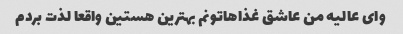
وای عالیه من عاشق غذاهاتونم بهترین هستین واقعا لذت بردم